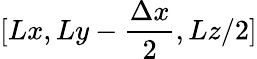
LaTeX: [Lx,Ly-\frac{\Delta x}{2},Lz/2]